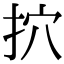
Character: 㧒